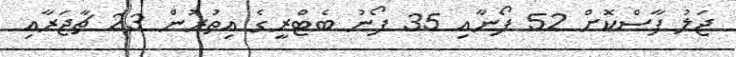
ޖަލު ފާސްކޮށް 52 ފޯނާއި 35 ފޯނު ބެޓްރީގެ އިތުރުން 23 ޗާޖަރާއި